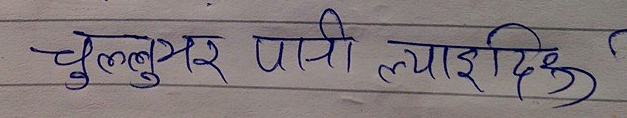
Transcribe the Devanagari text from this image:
चुलुभर पानी ल्याइदिउ